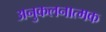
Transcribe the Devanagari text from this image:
अनुकलनात्मक